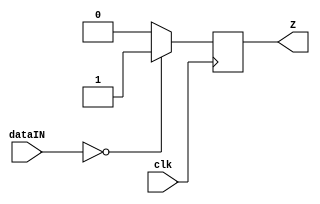
module regZ
#(parameter dataWidth = 16)
(
input clk,
input [dataWidth-1:0] dataIN,
output reg Z
);

always@(negedge clk)
begin
if(dataIN==0)
	Z<=1;
else
	Z<=0;
end

endmodule